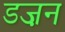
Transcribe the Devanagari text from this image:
डज़न